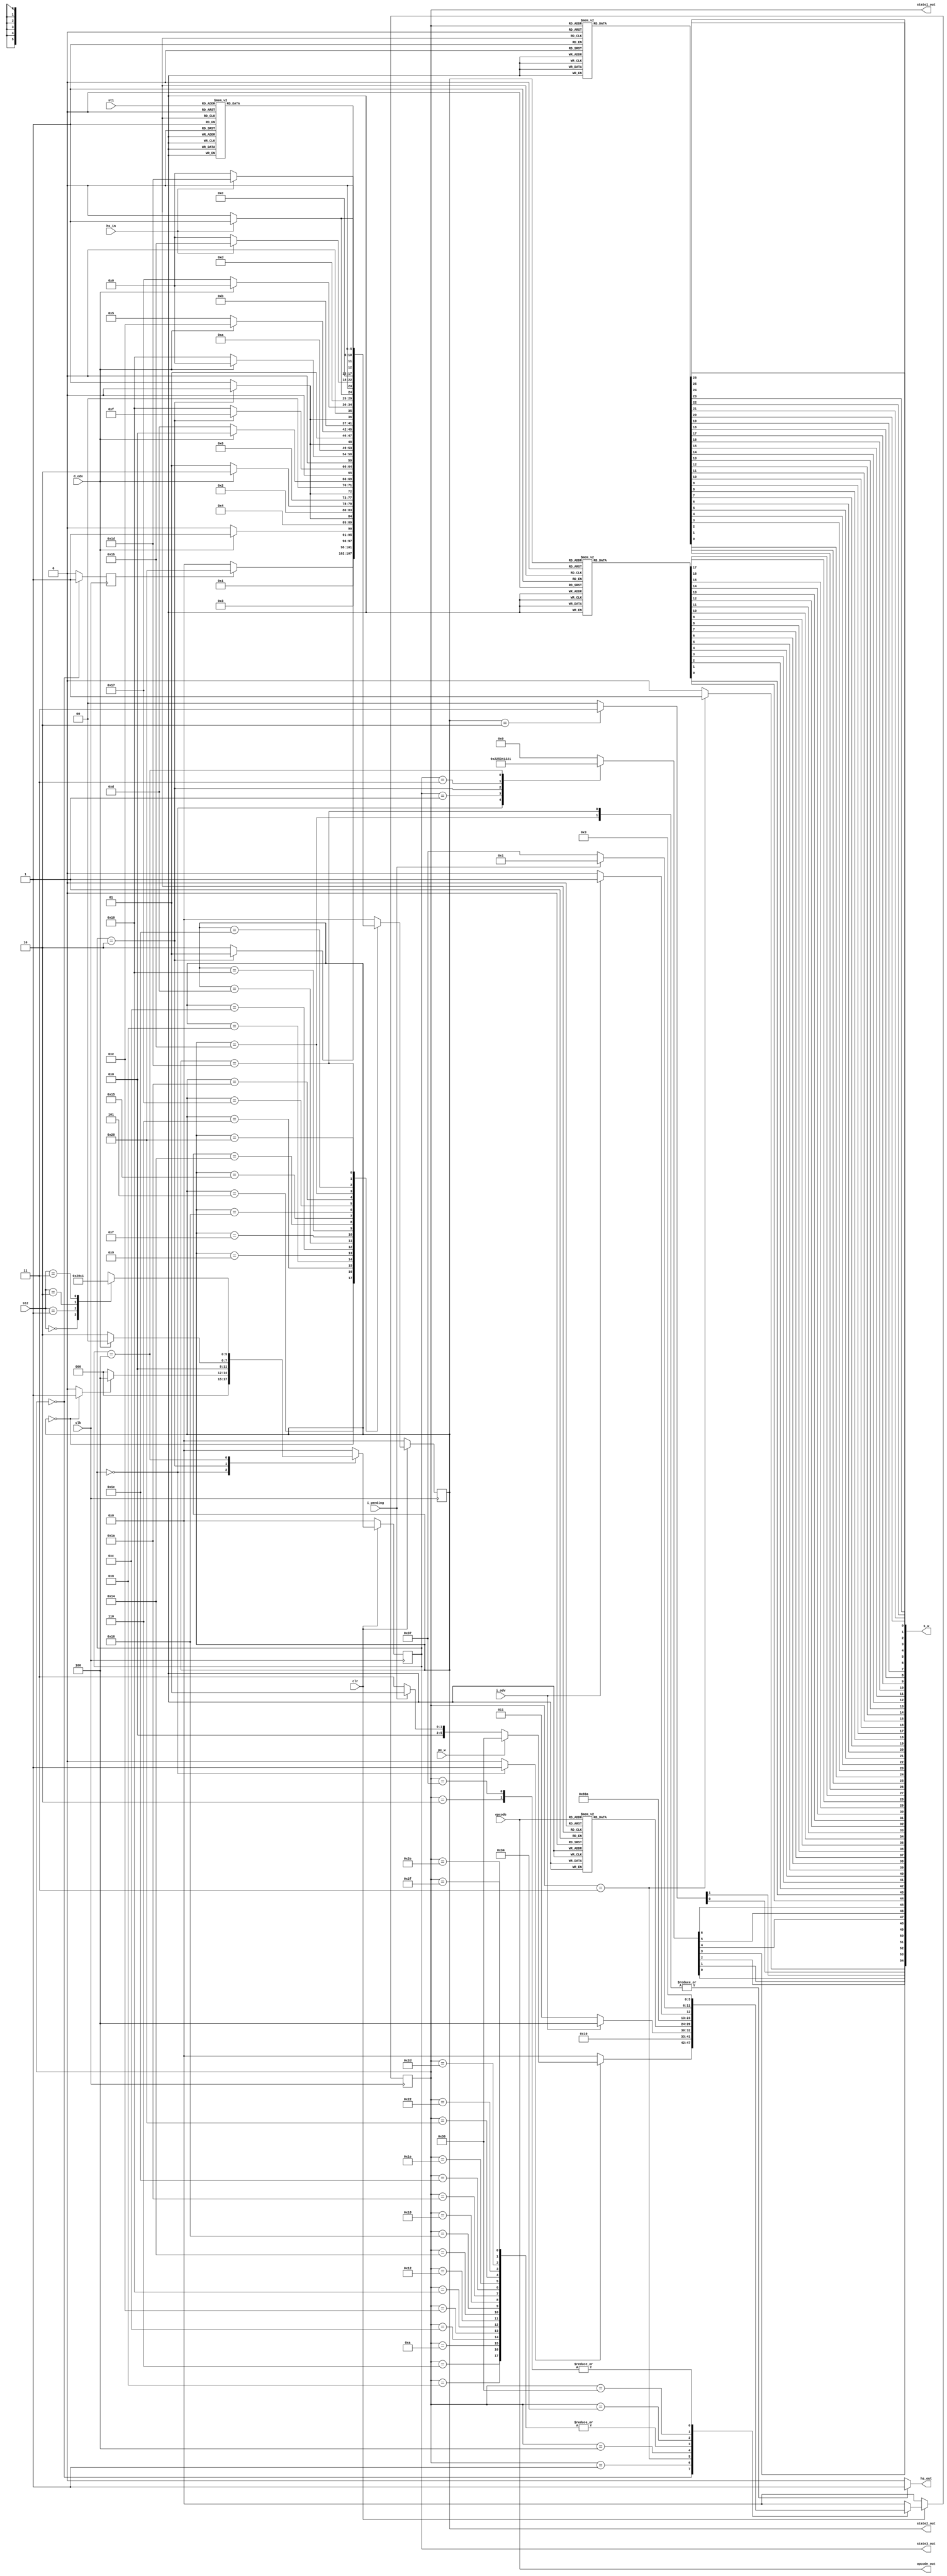
`timescale 1ns / 1ps
///////////////////////////////////////////////////////////////////////////////////////
//John Wright & Danny Peters
//University of Kentucky
//EE480 Spring 2011
//DV Final Project
//
//controller.v
//
//                  this is the controller
//
///////////////////////////////////////////////////////////////////////////////////////
module controller(opcode, clr, clk, i_odv, d_odv, hs_out, hs_in, i_pending, s_w, st1, st2, pc_w, opcode_out, state1_out, state2_out, state3_out);
    ////////////////////////
    // inputs
    ////////////////////////
    input [5:0]   opcode;
    input         i_pending;
    input         clk;
    input         clr;
    input         pc_w;
    input         i_odv;
    input         d_odv;
    input         hs_in;
    input [4:0]   st1;
    input [1:0]   st2;
    //////////////////////////////////////////
    // register to hold state and next state
    //////////////////////////////////////////
    reg [5:0] state0;
    reg [5:0] state1;
    reg [5:0] state2;
    reg ps0r;
    reg ps1r;
    reg ps2r;
    reg d_rdy;
    /////////////////////////
    // outputs
    ////////////////////////
    reg [0:54] s;
    output [0:54] s_w;
    output [5:0] opcode_out;
    assign opcode_out = opcode;
    output [5:0] state1_out;
    assign state1_out = state0;
    output [5:0] state2_out;
    assign state2_out = state1;
    output [5:0] state3_out;
    assign state3_out = state2;
    ///////////////////////////////////
    // generate to flip select lines
    ///////////////////////////////////
    genvar j;
    generate
    for(j=0;j<55;j=j+1)
    begin:reverse_s
        assign s_w[j] = s[54-j]; 
    end
    endgenerate
    
    output reg  hs_out;
    /////////////////////////////
    // parameters for each state
    /////////////////////////////
    parameter T0=7'b0000000;  parameter T1=7'b0000001;  parameter T2=7'b0000010;  parameter T3=7'b0000011;
    parameter T4=7'b0000100;  parameter T5=7'b0000101;  parameter T6=7'b0000110;  parameter T7=7'b0000111;
    parameter T8=7'b0001000;  parameter T9=7'b0001001;  parameter T10=7'b0001010; parameter T11=7'b0001011;
    parameter T12=7'b0001100; parameter T13=7'b0001101; parameter T14=7'b0001110; parameter T15=7'b0001111;
    parameter T16=7'b0010000; parameter T17=7'b0010001; parameter T18=7'b0010010; parameter T19=7'b0010011;
    parameter T20=7'b0010100; parameter T21=7'b0010101; parameter T22=7'b0010110; parameter T23=7'b0010111;
    parameter T24=7'b0011000; parameter T25=7'b0011001; parameter T26=7'b0011010; parameter T27=7'b0011011;
    parameter T28=7'b0011100; parameter T29=7'b0011101; parameter T30=7'b0011110; parameter T31=7'b0011111;
    parameter T32=7'b0100000; parameter T33=7'b0100001; parameter T34=7'b0100010; parameter T35=7'b0100011;
    parameter T36=7'b0100100; parameter T37=7'b0100101; parameter T38=7'b0100110; parameter T39=7'b0100111;
    parameter T40=7'b0101000; parameter T41=7'b0101001; parameter T42=7'b0101010; parameter T43=7'b0101011;
    parameter T44=7'b0101100; parameter T45=7'b0101101; parameter T46=7'b0101110; parameter T47=7'b0101111;
    parameter T48=7'b0110000; parameter T49=7'b0110001; parameter T50=7'b0110010; parameter T51=7'b0110011;
    parameter T52=7'b0110100; parameter T53=7'b0110101; parameter T54=7'b0110110; parameter T55=7'b0110111;
    parameter T56=7'b0111000; parameter T57=7'b0111001; parameter T58=7'b0111010; parameter T59=7'b0111011;
    parameter T60=7'b0111100; parameter T61=7'b0111101; parameter T62=7'b0111110; parameter T63=7'b0111111;
    parameter T64=7'b1000000; parameter T65=7'b1000001; parameter T66=7'b1000010; parameter T67=7'B1000011;
    parameter T68=7'b1000100;
    
    ///////////////////////////////////////////////////////
    // always block to begin state machine for first stage
    ///////////////////////////////////////////////////////
    always @ (posedge clk)
    begin
        if(clr == 0)    state0 <= 0;
        else
        begin
            case(state0)
            T0:
            begin
                if(ps2r == 0)   state0 <= T0;
                else
                    if(pc_w == 1)            state0 <= T54;
                    else if(i_pending == 1)  state0 <= T1;
                    else                     state0 <= T3;
            end
            T1: state0 <= T2;
            T2: state0 <= T3;
            T3:
            begin
                if(i_odv == 1)  state0 <= T4;
                else            state0 <= T3;
            end
            T4:
            begin
                case(opcode)
                    6'o00: state0 <= T5;
                    6'o01: state0 <= T6;
                    6'o02: state0 <= T7;
                    6'o03: state0 <= T8;
                    6'o04: state0 <= T9;
                    6'o05: state0 <= T10;
                    6'o06: state0 <= T11;
                    6'o07: state0 <= T12;
                    6'o10: state0 <= T13;
                    6'o11: state0 <= T14;
                    6'o12: state0 <= T15;
                    6'o13: state0 <= T16;
                    6'o14: state0 <= T17;
                    6'o15: state0 <= T18;
                    6'o16: state0 <= T19;
                    6'o17: state0 <= T20;
                    6'o20: state0 <= T21;
                    6'o21: state0 <= T22;
                    6'o22: state0 <= T23;
                    6'o23: state0 <= T24;
                    6'o24: state0 <= T25;
                    6'o25: state0 <= T26;
                    6'o26: state0 <= T27;
                    6'o27: state0 <= T28;
                    6'o30: state0 <= T29;
                    6'o31: state0 <= T30;
                    6'o32: state0 <= T31;
                    6'o33: state0 <= T32;
                    6'o34: state0 <= T33;
                    6'o35: state0 <= T34;
                    6'o36: state0 <= T35;
                    6'o37: state0 <= T36;
                    6'o40: state0 <= T37;
                    6'o41: state0 <= T38;
                    6'o42: state0 <= T39;
                    6'o43: state0 <= T40;
                    6'o44: state0 <= T41;
                    6'o45: state0 <= T42;
                    6'o46: state0 <= T43;
                    6'o47: state0 <= T44;
                    6'o50: state0 <= T45;
                    6'o51: state0 <= T46;
                    6'o52: state0 <= T47;
                    6'o53: state0 <= T48;
                    6'o54: state0 <= T49;
                    6'o55: state0 <= T50;
                    default: state0 <=T51;
                endcase
            end
            T5:  state0 <= T0;
            T6:  state0 <= T52;
            T7:  state0 <= T0;
            T8:  state0 <= T52;
            T9:  state0 <= T0;
            T10: state0 <= T52;
            T11: state0 <= T0;
            T12: state0 <= T52;
            T13: state0 <= T0;
            T14: state0 <= T52;
            T15: state0 <= T0;
            T16: state0 <= T52;
            T17: state0 <= T0;
            T18: state0 <= T52;
            T19: state0 <= T0;
            T20: state0 <= T52;
            T21: state0 <= T0;
            T22: state0 <= T52;
            T23: state0 <= T0;
            T24: state0 <= T52;
            T25: state0 <= T0;
            T26: state0 <= T52;
            T27: state0 <= T0;
            T28: state0 <= T52;
            T29: state0 <= T0;
            T30: state0 <= T52;
            T31: state0 <= T0;
            T32: state0 <= T52;
            T33: state0 <= T0;
            T34: state0 <= T52;
            T35: state0 <= T0;
            T36: state0 <= T0;
            T37: state0 <= T0;
            T38: state0 <= T0;
            T39: state0 <= T0;
            T40: state0 <= T0;
            T41: state0 <= T0;
            T42: state0 <= T0;
            T43: state0 <= T0;
            T44: state0 <= T0;
            T45: state0 <= T52;
            T46: state0 <= T52;
            T47: state0 <= T52;
            T48: state0 <= T0;
            T49: state0 <= T0;
            T50: state0 <= T0;
            T51: state0 <= T0;
            T52:
            begin
                if(i_odv == 1) state0 <= T53;
                else           state0 <=T52;
            end
            T53: state0 <= T0;
            T54:
            begin
                if(i_pending ==1) state0 <= T1;
                else              state0 <= T55;
            end
            T55: state0 <= T3;
            default: state0 <= T0;
            endcase
            end
    end
    ///////////////////////////////////////////
    // always block for first state machine's
    //  logic
    ///////////////////////////////////////////
    always @(state0)
    begin
         case(state0)
            T0:  s[0:26] = 27'b110000000000000000000000000;
            T1:  s[0:26] = 27'b000111110011000000000000000;
            T2:  s[0:26] = 27'b110000111000000000000000000;
            T3:  s[0:26] = 27'b111000000000000000000000000;
            T4:  s[0:26] = 27'b111001000000000000000000000;
            T5:  s[0:26] = 27'b000000000000001001011001000;
            T6:  s[0:26] = 27'b110000000000001001011000000;
            T7:  s[0:26] = 27'b000000000000001001010100000;
            T8:  s[0:26] = 27'b110000000000001001011100000;
            T9:  s[0:26] = 27'b000000000000001000011001000;
            T10: s[0:26] = 27'b110000000000001000011000000;
            T11: s[0:26] = 27'b000000000000001000010100000;
            T12: s[0:26] = 27'b110000000000001000011100000;
            T13: s[0:26] = 27'b000000000000001100011001000;
            T14: s[0:26] = 27'b110000000000001100011000000;
            T15: s[0:26] = 27'b000000000000001100010100000;
            T16: s[0:26] = 27'b110000000000001100011100000;
            T17: s[0:26] = 27'b000000000000001010011001000;
            T18: s[0:26] = 27'b110000000000001010011000000;
            T19: s[0:26] = 27'b000000000000001010010100000;
            T20: s[0:26] = 27'b110000000000001010011100000;
            T21: s[0:26] = 27'b000000000000001111011001000;
            T22: s[0:26] = 27'b110000000000001111011000000;
            T23: s[0:26] = 27'b000000000000001111010100000;
            T24: s[0:26] = 27'b110000000000001111011100000;
            T25: s[0:26] = 27'b000000000000001000111001000;
            T26: s[0:26] = 27'b110000000000001000111000000;
            T27: s[0:26] = 27'b000000000000001000110100000;
            T28: s[0:26] = 27'b110000000000001000111100000;
            T29: s[0:26] = 27'b000000000000001100111001000;
            T30: s[0:26] = 27'b110000000000001100111000000;
            T31: s[0:26] = 27'b000000000000001100110100000;
            T32: s[0:26] = 27'b110000000000001100111100000;
            T33: s[0:26] = 27'b000000000000011011100010000;
            T34: s[0:26] = 27'b000000000000011011101010000;
            T35: s[0:26] = 27'b000000000000011011100110000;
            T36: s[0:26] = 27'b000000000000011011101110000;
            T37: s[0:26] = 27'b000000000000101000000001000;
            T38: s[0:26] = 27'b000000000100101000000001000;
            T39: s[0:26] = 27'b000011100000001000001000100;
            T40: s[0:26] = 27'b000011010010001000000000000;
            T41: s[0:26] = 27'b000000000000001111111001000;
            T42: s[0:26] = 27'b000000000000001111110100000;
            T43: s[0:26] = 27'b000000000000001111100101000;
            T44: s[0:26] = 27'b000000000000001111101101000;
            T45: s[0:26] = 27'b110000000000001111110011000;
            T46: s[0:26] = 27'b110000000000001111111000000;
            T47: s[0:26] = 27'b110000000000001011101011000;
            T48: s[0:26] = 27'b000000000000101111100111000;
            T49: s[0:26] = 27'b000000000000001111100111100;
            T50: s[0:26] = 27'b000000000000001011100000100;
            T51: s[0:26] = 27'b000000000000001000000000010;
            T52: s[0:26] = 27'b111000000000000000000000000;
            T53: s[0:26] = 27'b111001000000000000000000001;
            T54: s[0:26] = 27'b111011000000000000000000000;
            T55: s[0:26] = 27'b110000000000000000000000000;
            default: s[0:26] = 27'b00000000000000000000000000;
        endcase
        if(state0 == T3)
            s[52] = 1;
        else
            s[52] = 0;
    end
    //////////////////////////
    // state machine 2
    /////////////////////////
    always @(posedge clk)
    begin
        if(clr == 0)    state1 <= 0;
        else
        begin
        case(state1)
        T0:
            if(ps0r ==1) state1 <= T32;
            else         state1 <= T0;
        T1:   state1 <= T0;//JW
        T2:   state1 <= T0;
        T3:   state1 <= T0;//JW
        T4:   state1 <= T0;
        T5:
            if(d_rdy == 1) state1 <= T6;
            else           state1 <= T5;
        T6: 
            if(d_odv == 1) state1 <= T7;
            else           state1 <= T6;
        T7:   state1 <= T0;
        T8: 
            if(d_rdy == 1) state1 <= T9;
            else           state1 <= T8;
        T9:
            if(d_odv == 1) state1 <= T10;
            else           state1 <= T9;
        T10:  state1 <= T0;
        T11:  state1 <= T0;
        T12:
            if(d_rdy == 1) state1 <= T13;
            else           state1 <= T12;
        T13:
            if(d_odv == 1) state1 <= T0;
            else           state1 <= T13;
        T14:   state1 <= T0;
        T15:
            if(d_rdy == 1) state1 <= T16;
            else           state1 <= T15;
        T16:
            if(d_odv == 1) state1 <= T0;
            else           state1 <= T16;
        T17:   state1 <= T0;
        T18:   state1 <= T0;
        T19:   state1 <= T0;
        T20:
            if(d_rdy == 1) state1 <= T21;
            else           state1 <= T20;
        T21:
            if(d_odv == 1) state1 <= T30;
            else           state1 <= T21;
        T22:
            if(d_rdy == 1) state1 <= T23;
            else           state1 <= T22;
        T23:
            if(d_odv == 1) state1 <= T0;
            else           state1 <= T23;
        T24:   state1 <= T0;
        T25:   state1 <= T0;
        T26:
            if(hs_in == 1)  state1 <= T27;
            else            state1 <= T26;
        T27:
            if(hs_in == 1) state1 <= T27;
            else           state1 <= T0;
        T28:
            if(hs_in == 1) state1 <= T29;
            else           state1 <= T28;
        T29:
            if(hs_in == 1) state1 <= T29;
            else           state1 <= T0;
        T30:   state1 <= 0;
        T32:
            case(st1)
            0:  state1 <= T18;
            1:  state1 <= T3;
            2:  state1 <= T5;
            3:  state1 <= T8;
            4:  state1 <= T11;
            5:  state1 <= T12;
            6:  state1 <= T14;
            7:  state1 <= T15;
            8:  state1 <= T17;
            9:  state1 <= T1;
            10: state1 <= T19;
            11: state1 <= T20;
            12: state1 <= T22;
            13: state1 <= T24;
            14: state1 <= T25;
            15: state1 <= T26;
            16: state1 <= T28;
            17: state1 <= T2;
            default: state1 <= 0;
            endcase
        default: state1 <= T0;
        endcase
        end
    end
    /////////////////////////////////////////
    // logic for second stage state
    // machine
    /////////////////////////////////////////
    always @(state1)
    begin
        case(state1)
            T0:  s[27:44] = 18'b100000000000000011;
            T1:  s[27:44] = 18'b100000000001000011;
            T2:  s[27:44] = 18'b100000000001000000;
            T3:  s[27:44] = 18'b110000000001000011;
            T4:  s[27:44] = 18'b100000000001000011;
            T5:  s[27:44] = 18'b000000000010010011;
            T6:  s[27:44] = 18'b101000000011011011;
            T7:  s[27:44] = 18'b101000000001000011;
            T8:  s[27:44] = 18'b000000000110010011;
            T9:  s[27:44] = 18'b101000000111011011;
            T10: s[27:44] = 18'b101000000001000011;
            T11: s[27:44] = 18'b100011011001100000;
            T12: s[27:44] = 18'b000000000000000011;
            T13: s[27:44] = 18'b101011011101110000;
            T14: s[27:44] = 18'b100011011001000000;
            T15: s[27:44] = 18'b000000000000000011;
            T16: s[27:44] = 18'b101011011101010000;
            T17: s[27:44] = 18'b100011000001100000;
            T18: s[27:44] = 18'b100000000001000000;
            T19: s[27:44] = 18'b100000100001000010;
            T20: s[27:44] = 18'b000000100010011010;
            T21: s[27:44] = 18'b101000100011011010;
            T22: s[27:44] = 18'b000000000000011011;
            T23: s[27:44] = 18'b101000000001011011;
            T24: s[27:44] = 18'b100000000001000010;
            T25: s[27:44] = 18'b100000000001000001;
            T26: s[27:44] = 18'b000100000000000011;
            T27: s[27:44] = 18'b111000000001000000;
            T28: s[27:44] = 18'b000000000000000111;
            T29: s[27:44] = 18'b100000000001000100;
            T30: s[27:44] = 18'b101000100001000010;
            T32: s[27:44] = 18'b100001000000000011;
            default: s[27:44] = 18'b0000000000000000;
        endcase
        if(state1 == T2)
            s[53:54] = 2'b11;
        else
            s[53:54] = 2'b00;
    end
    ////////////////////////
    // third stage state
    // machine
    ////////////////////////
    always @ (posedge clk)
    begin
        if(clr == 0)    state2 <= 0;
        else
        begin
        case(state2)
        T0:
            if(ps1r == 1)   state2 <= T4;
            else            state2 <= T0;
                
        T1:  state2 <= T0;
        T2:
            if(d_odv == 1)  state2 <= T0;
            else            state2 <= T2;
        T3:  state2 <= T0;
        T4: case(st2)
                    0:  state2 <= T0;
                    1:  state2 <= T2;
                    2:  state2 <= T3;
                    3:  state2 <= T1;
                    default: state2 <= T0;
            endcase
        default: state2 <= T0;
        endcase
        end
    end

    ////////////////////////////////
    // stage three logic
    ////////////////////////////////
    always @ (state2)
    begin
        case(state2)
            T0: s[45:51] = 7'b0100010;
            T1: s[45:51] = 7'b0101001;
            T2: s[45:51] = 7'b1010000;
            T3: s[45:51] = 7'b0100100;
            T4: s[45:51] = 7'b0100001;
            default: s[45:51] = 7'b0000000;
        endcase
    end
    ////////////////////////////////
    // always block to set ps0r
    ////////////////////////////////
    always @ (posedge clk)
    begin
        if(state0 == 0)     ps0r = 1;
        else                ps0r = 0;
    end
    /////////////////////////////////
    // always block to set ps1r
    ////////////////////////////////
    always @ (state1)
    begin
        if(state1 == 0) ps1r = 1;
        else            ps1r = 0;
    end
    /////////////////////////////////
    // always block to set ps2r
    ////////////////////////////////
    always @ (state2)
    begin
        if(state2 == 0) ps2r = 1;
        else            ps2r = 0;
    end
    /////////////////////////////////
    // always block to set d_rdy
    ////////////////////////////////
    always @(state2)
    begin
        case(state2)
            0:d_rdy=1;
            1:d_rdy=1;
            2:d_rdy=0;
            3:d_rdy=1;
            default:d_rdy=1;
        endcase
    end
    /////////////////////////////////
    // always block to set hs_out
    ////////////////////////////////
    always @(state1)
    begin
        case(state1)
            T27: hs_out = 1;
            T29: hs_out = 1;
            default: hs_out = 0;
        endcase
    end

endmodule